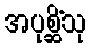
အပုစ္ဆိံသု